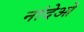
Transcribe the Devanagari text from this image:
नांदेओ